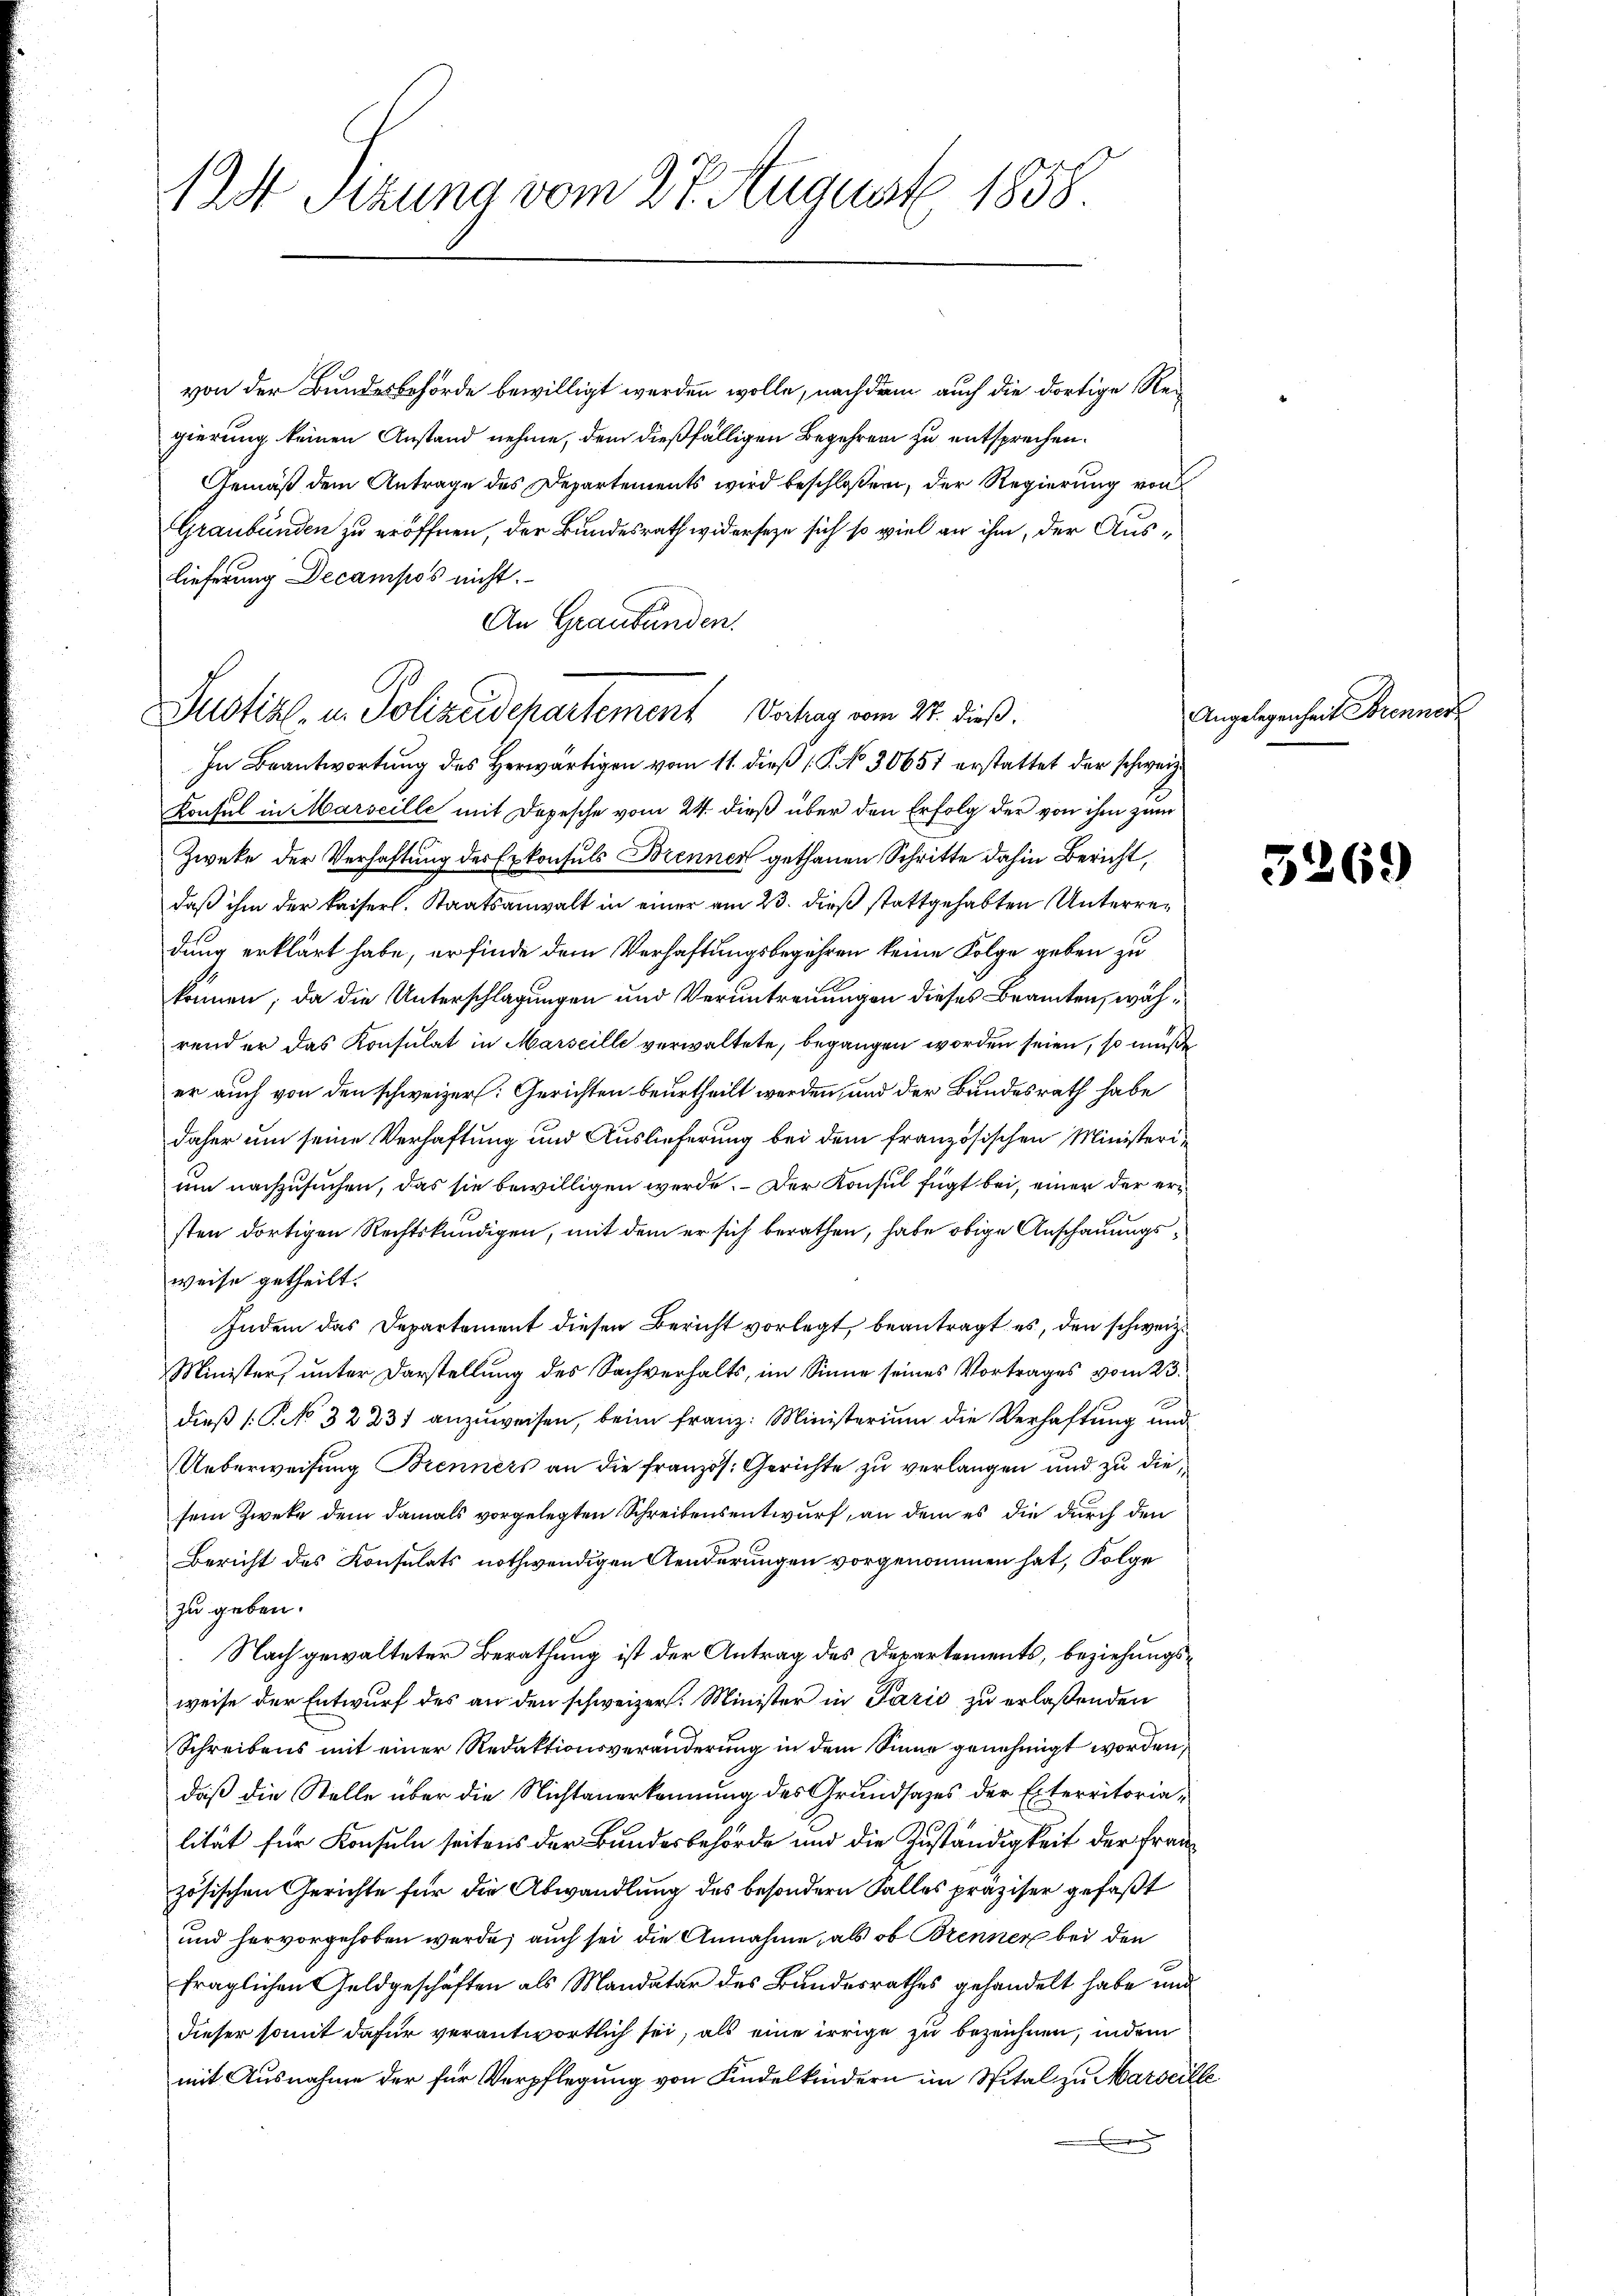
12st Sitzung vom 27. August 1858

Justiz- u. Polizeidepartement Vortrag vom 27. dieß.

von der Bundesbehörde bewilligt werden wolle, nachdem auch die dortige Regierung keinen Anstand nehme, dem dießfälligen Begehren zu entsprechen.
Gemäß dem Antrage des Departements wird beschloßen, der Regierung von
Graubünden zu eröffnen, der Bundesrath widerseze sich so viel an ihm, der Auslieferung Decampos nicht.
An Graubünden.
In Beantwortung des Herwärtigen vom 11. dieß (§. No 30657 erstattet der schweiz
Konsul in Marseille mit Depesche vom 24. dieß über den Erfolg der von ihm zum
Zweke der Verhaftung der Exkonsuls Brennen gethanen Schritte dahin Bericht,
daß ihm der kaiserl. Staatsanwalt in einer am 23. dieß stattgehabten Unterredung erklärt habe, er finde dem Verhaftungsbegehren keine Folge geben zu
können; da die Unterschlagungen und Veruntreuungen dieses Beamten, während er das Konsulat in Marseille verwaltete, begangen worden seien, so müße
er auch von den schweizer: Gerichten beurtheilt werden, und der Bundesrath habe
daher um seine Verhaftung und Auslieferung bei dem französischen Ministerium nachzusuchen, das sie bewilligen werde. Der Konsul fügt bei, einer der ersten dortigen Rechtskundigen, mit dem er sich berathen, habe obige Anschauungsweise getheilt.
Indem das Departement diesen Bericht vorlegt, beantragt es, den schweiz.
Minister, unter Darstellung des Sachverhalts, im Sinne seines Vortrages vom 23.
dieß [No 32237 anzuweisen, beim Franz: Ministerium die Verhaftung und
Ueberweisung Brenners an die französ. Gerichte zu verlangen und zu die
sem Zweke dem damals vorgelegten Schreibensentwurf, an dem es die durch den
Bericht des Konsulats nothwendigen Aenderungen vorgenommen hat, Folge
zu geben.
Nach gewalteter Berathung ist der Antrag des Departements, beziehungsweise der Entwurf des an den schweizer. Minister in Paris zu erlaßenden
Schreibens mit einer Redaktionsveränderung in dem Sinne genehmigt worden,
daß die Stelle über die Nichtanerkennung des Grundsazes der Exterritorialität für Konsuln seitens der Bundesbehörde und die Zuständigkeit der Französischen Gerichte für die Abwandlung des besondern Falles präziser gefaßt
und hervorgehoben werde; auch sei die Annahme, als ob Brenner bei den
fraglichen Geldgeschäften als Mandatar des Bundesrathes gehandelt habe und
dieser somit dafür verantwortlich sei, als eine irrige zu bezeichnen, indem
mit Ausnahme der für Verpflegung von Kindelkindern im Spital zu Marsei
.

Angelegenheit Brenner

3269